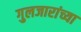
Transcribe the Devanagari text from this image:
गुलजारांच्या